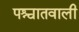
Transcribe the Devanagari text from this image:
पश्चातवाली